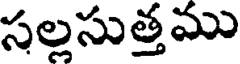
సల్లసుత్తము